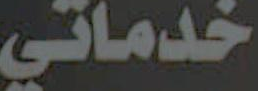
خدماتي